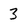
Character: 3